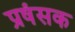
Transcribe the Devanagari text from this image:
प्रषंसक